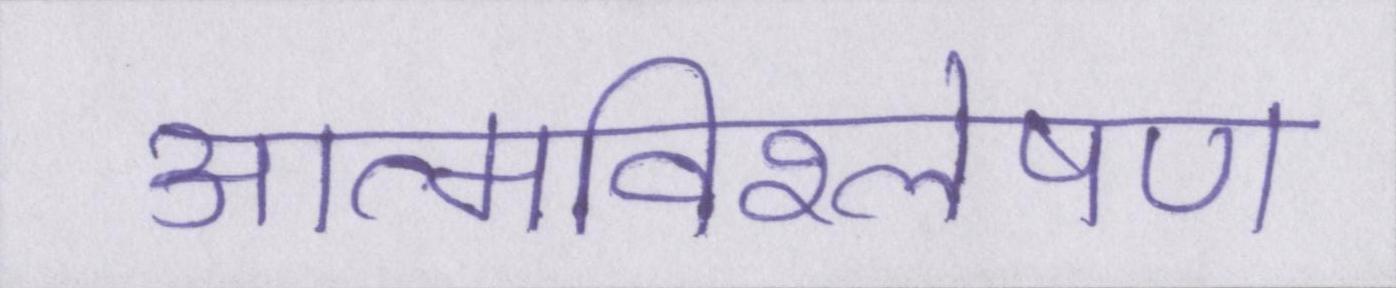
आत्मविश्लेषण